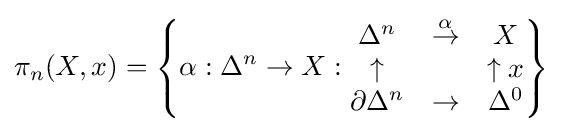
\pi _{n}(X,x)=\left\{\alpha :\Delta ^{n}\to X:{\begin{matrix}\Delta ^{n}&{\overset {\alpha }{\to }}&X\\\uparrow &&\uparrow x\\\partial \Delta ^{n}&\to &\Delta ^{0}\end{matrix}}\right\}